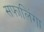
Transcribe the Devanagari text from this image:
सफालिंगा